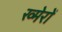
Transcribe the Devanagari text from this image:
ख्मेरों